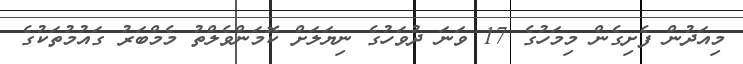
މިއަދުން ފެށިގެން މިމަހުގެ 17 ވަނަ ދުވަހުގެ ނިޔަލަށް ކޮމަންވެލްތު މެމްބަރު ގައުމުތަކުގެ